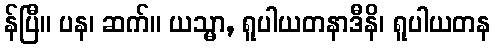
န်ပြီ။ ပန၊ ဆက်။ ယသ္မာ, ရူပါယတနာဒီနိ၊ ရူပါယတန